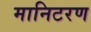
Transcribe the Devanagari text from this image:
मानिटरण